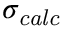
\sigma _ { \mathit { c a l c } }